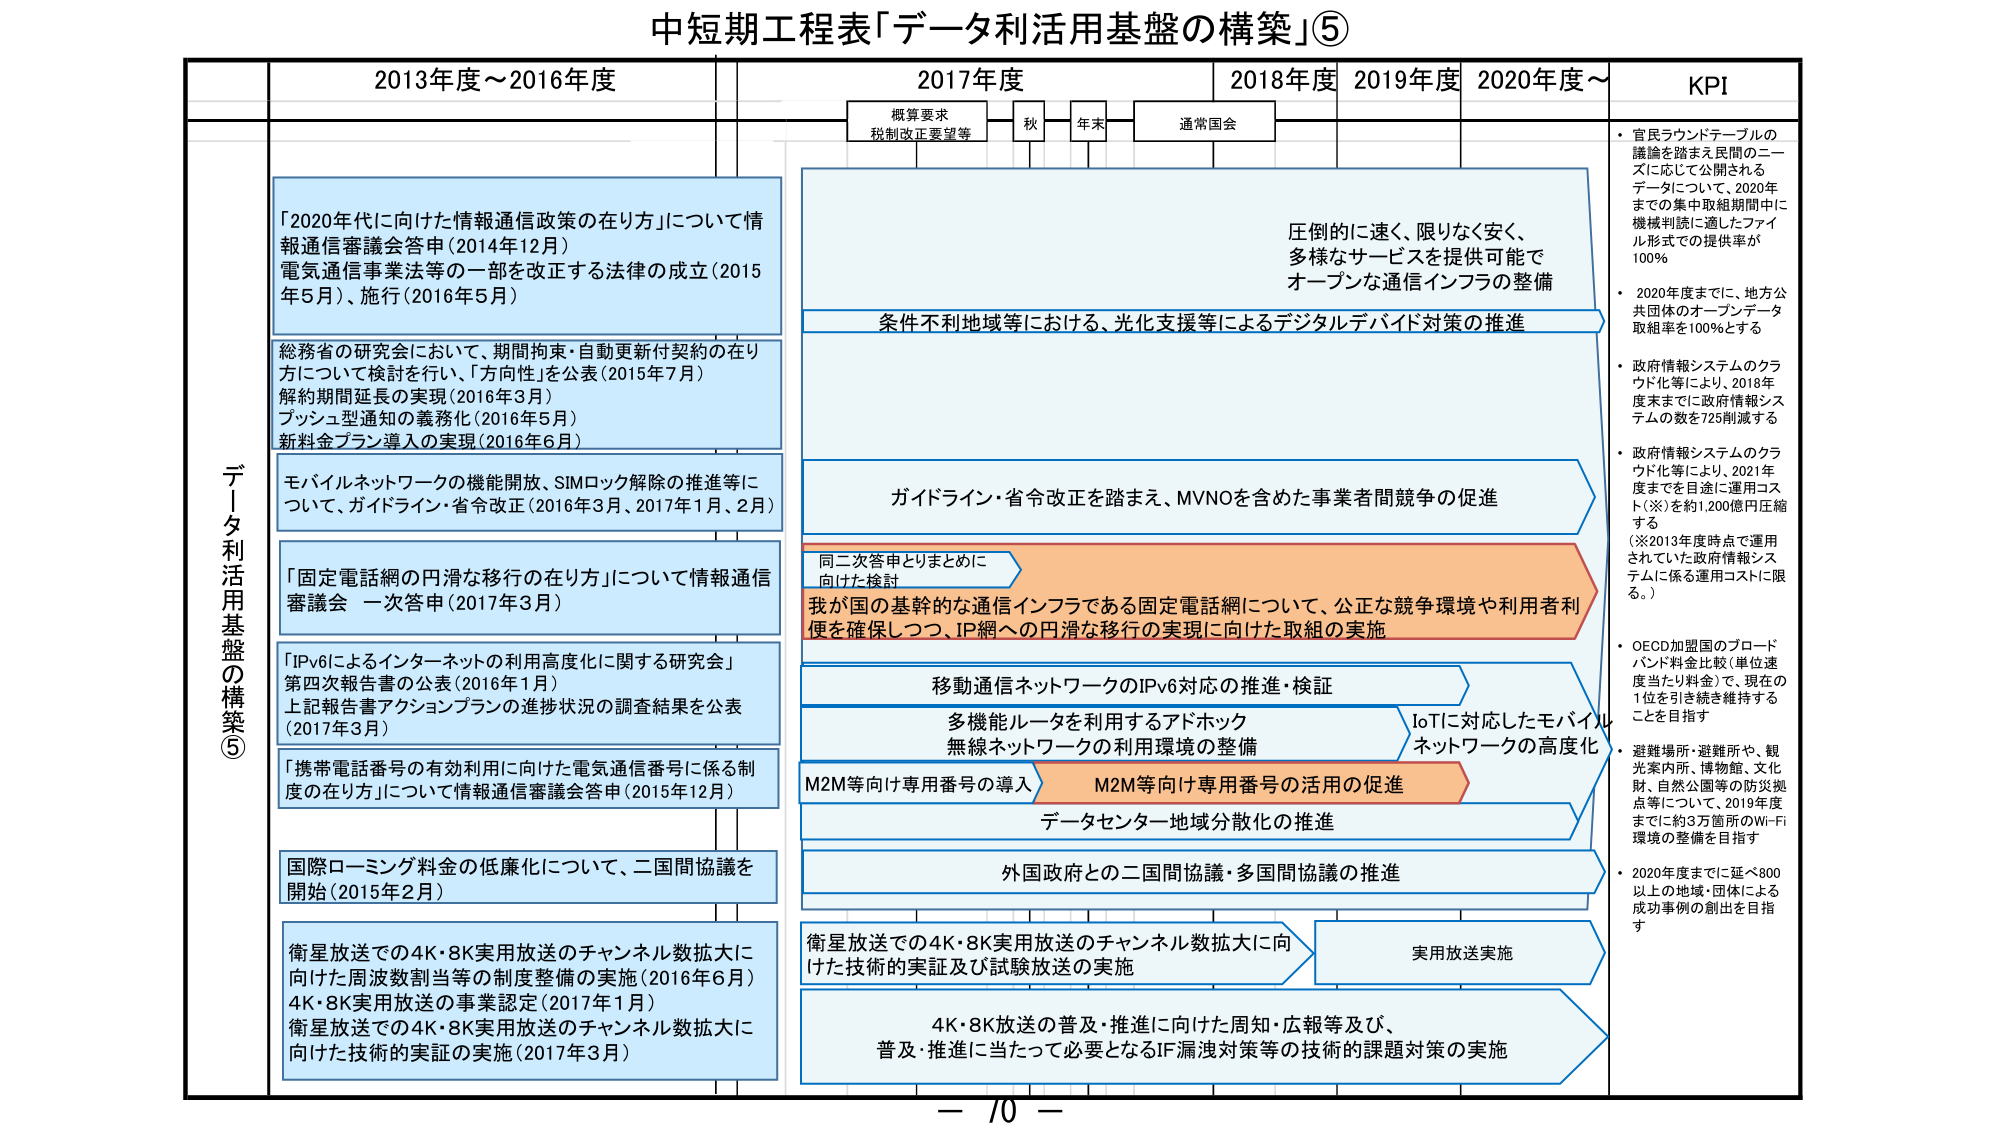
中短期工程表「データ利活用基盤の構築」⑤

2013年度～2016年度
2017年度
2018年度
2019年度
2020年度～
KPI

概算要求
税制改正要望等
秋
年末
通常国会

データ利活用基盤の構築⑤

「2020年代に向けた情報通信政策の在り方」について情報通信審議会答申（2014年12月）
電気通信事業法等の一部を改正する法律の成立（2015年5月）、施行（2016年5月）

総務省の研究会において、期間拘束・自動更新付契約の在り方について検討を行い、「方向性」を公表（2015年7月）
解約期間延長の実現（2016年3月）
プッシュ型通知の義務化（2016年5月）
新料金プラン導入の実現（2016年6月）

モバイルネットワークの機能開放、SIMロック解除の推進等について、ガイドライン・省令改正（2016年3月、2017年1月、2月）

「固定電話網の円滑な移行の在り方」について情報通信審議会 一次答申（2017年3月）

「IPv6によるインターネットの利用高度化に関する研究会」第四次報告書の公表（2016年1月）
上記報告書アクションプランの進捗状況の調査結果を公表（2017年3月）

「携帯電話番号の有効利用に向けた電気通信番号に係る制度の在り方」について情報通信審議会答申（2015年12月）

国際ローミング料金の低廉化について、二国間協議を開始（2015年2月）

衛星放送での4K・8K実用放送のチャンネル数拡大に向けた周波数割当等の制度整備の実施（2016年6月）
4K・8K実用放送の事業認定（2017年1月）
衛星放送での4K・8K実用放送のチャンネル数拡大に向けた技術的実証の実施（2017年3月）

圧倒的に速く、限りなく安く、多様なサービスを提供可能でオープンな通信インフラの整備

条件不利地域等における、光化支援等によるデジタルデバイド対策の推進

ガイドライン・省令改正を踏まえ、MVNOを含めた事業者間競争の促進

同二次答申とりまとめに向けた検討

我が国の基幹的な通信インフラである固定電話網について、公正な競争環境や利用者利便を確保しつつ、IP網への円滑な移行の実現に向けた取組の実施

移動通信ネットワークのIPv6対応の推進・検証

多機能ルータを利用するアドホック無線ネットワークの利用環境の整備

IoTに対応したモバイルネットワークの高度化

M2M等向け専用番号の導入
M2M等向け専用番号の活用の促進

データセンター地域分散化の推進

外国政府との二国間協議・多国間協議の推進

衛星放送での4K・8K実用放送のチャンネル数拡大に向けた技術的実証及び試験放送の実施

実用放送実施

4K・8K放送の普及・推進に向けた周知・広報等及び、普及・推進に当たって必要となるIF漏洩対策等の技術的課題対策の実施

・官民ラウンドテーブルの議論を踏まえ民間のニーズに応じて公開されるデータについて、2020年までに集中取組期間中に機械判読に適したファイル形式での提供率が100％

・2020年度までに、地方公共団体のオープンデータ取組率を100％とする

・政府情報システムのクラウド化等により、2018年度末までに政府情報システムの数を725削減する

・政府情報システムのクラウド化等により、2021年度までを目途に運用コスト（※）を約1,200億円圧縮する
（※2013年度時点で運用されていた政府情報システムに係る運用コストに限る。）

・OECD加盟国のブロードバンド料金比較（単位速度当たり料金）で、現在の1位を引き続き維持することを目指す

・避難場所：避難所や、観光案内所、博物館、文化財、自然公園等の防災拠点等について、2019年度までに約3万箇所のWi-Fi環境の整備を目指す

・2020年度までに延べ800以上の地域・団体による成功事例の創出を目指す

— 70 —